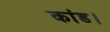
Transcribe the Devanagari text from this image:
कांड।